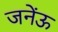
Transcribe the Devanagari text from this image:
जनेंऊ